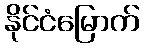
နိုင်ငံမြောက်